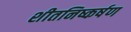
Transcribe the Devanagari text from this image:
शीतनिष्कर्षण